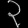
Digit: ၃